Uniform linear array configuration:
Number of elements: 32
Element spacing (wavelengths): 0.5
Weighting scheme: hann
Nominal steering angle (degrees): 45
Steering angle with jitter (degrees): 43.052
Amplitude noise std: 0.05
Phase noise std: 0.05

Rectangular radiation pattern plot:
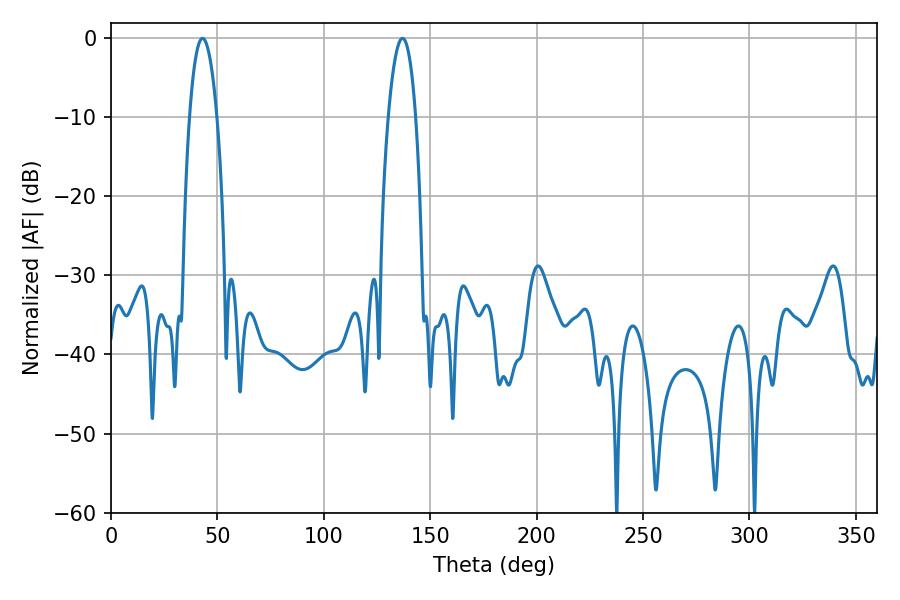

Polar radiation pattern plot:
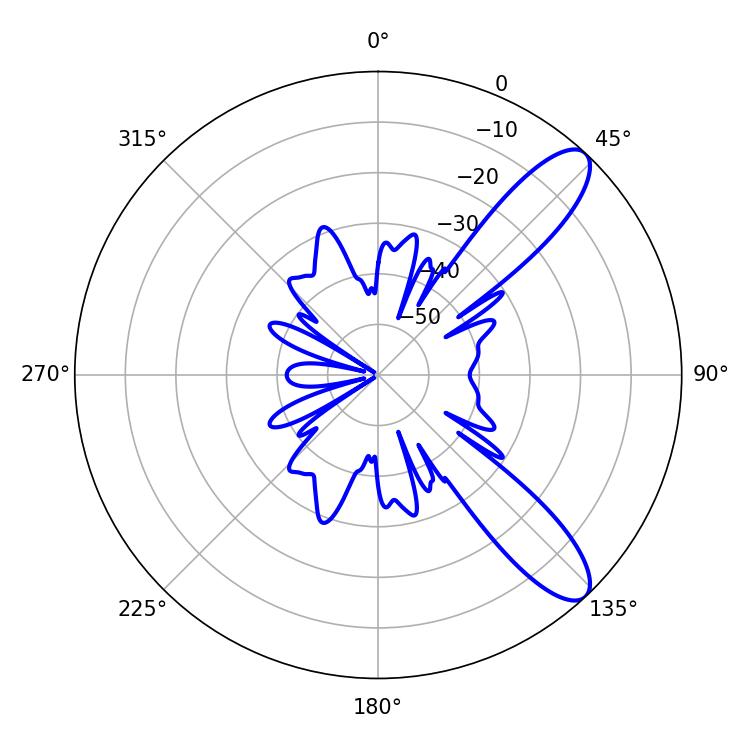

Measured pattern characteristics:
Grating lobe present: FALSE
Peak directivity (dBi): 10.387
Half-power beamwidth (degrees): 7.02
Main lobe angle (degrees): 43.02